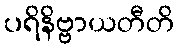
ပရိနိဗ္ဗာယတီတိ